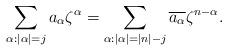
LaTeX: \begin{align*}\sum_{\alpha: |\alpha|=j}a_{\alpha} \zeta^\alpha =\sum_{\alpha:|\alpha|=|n|-j} \overline{a_{\alpha}} \zeta^{n-\alpha}. \end{align*}